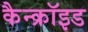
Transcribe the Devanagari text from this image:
कैन्क्रॉइड